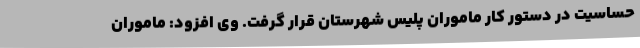
حساسیت در دستور کار ماموران پلیس شهرستان قرار گرفت. وی افزود: ماموران